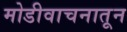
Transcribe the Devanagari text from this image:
मोडीवाचनातून